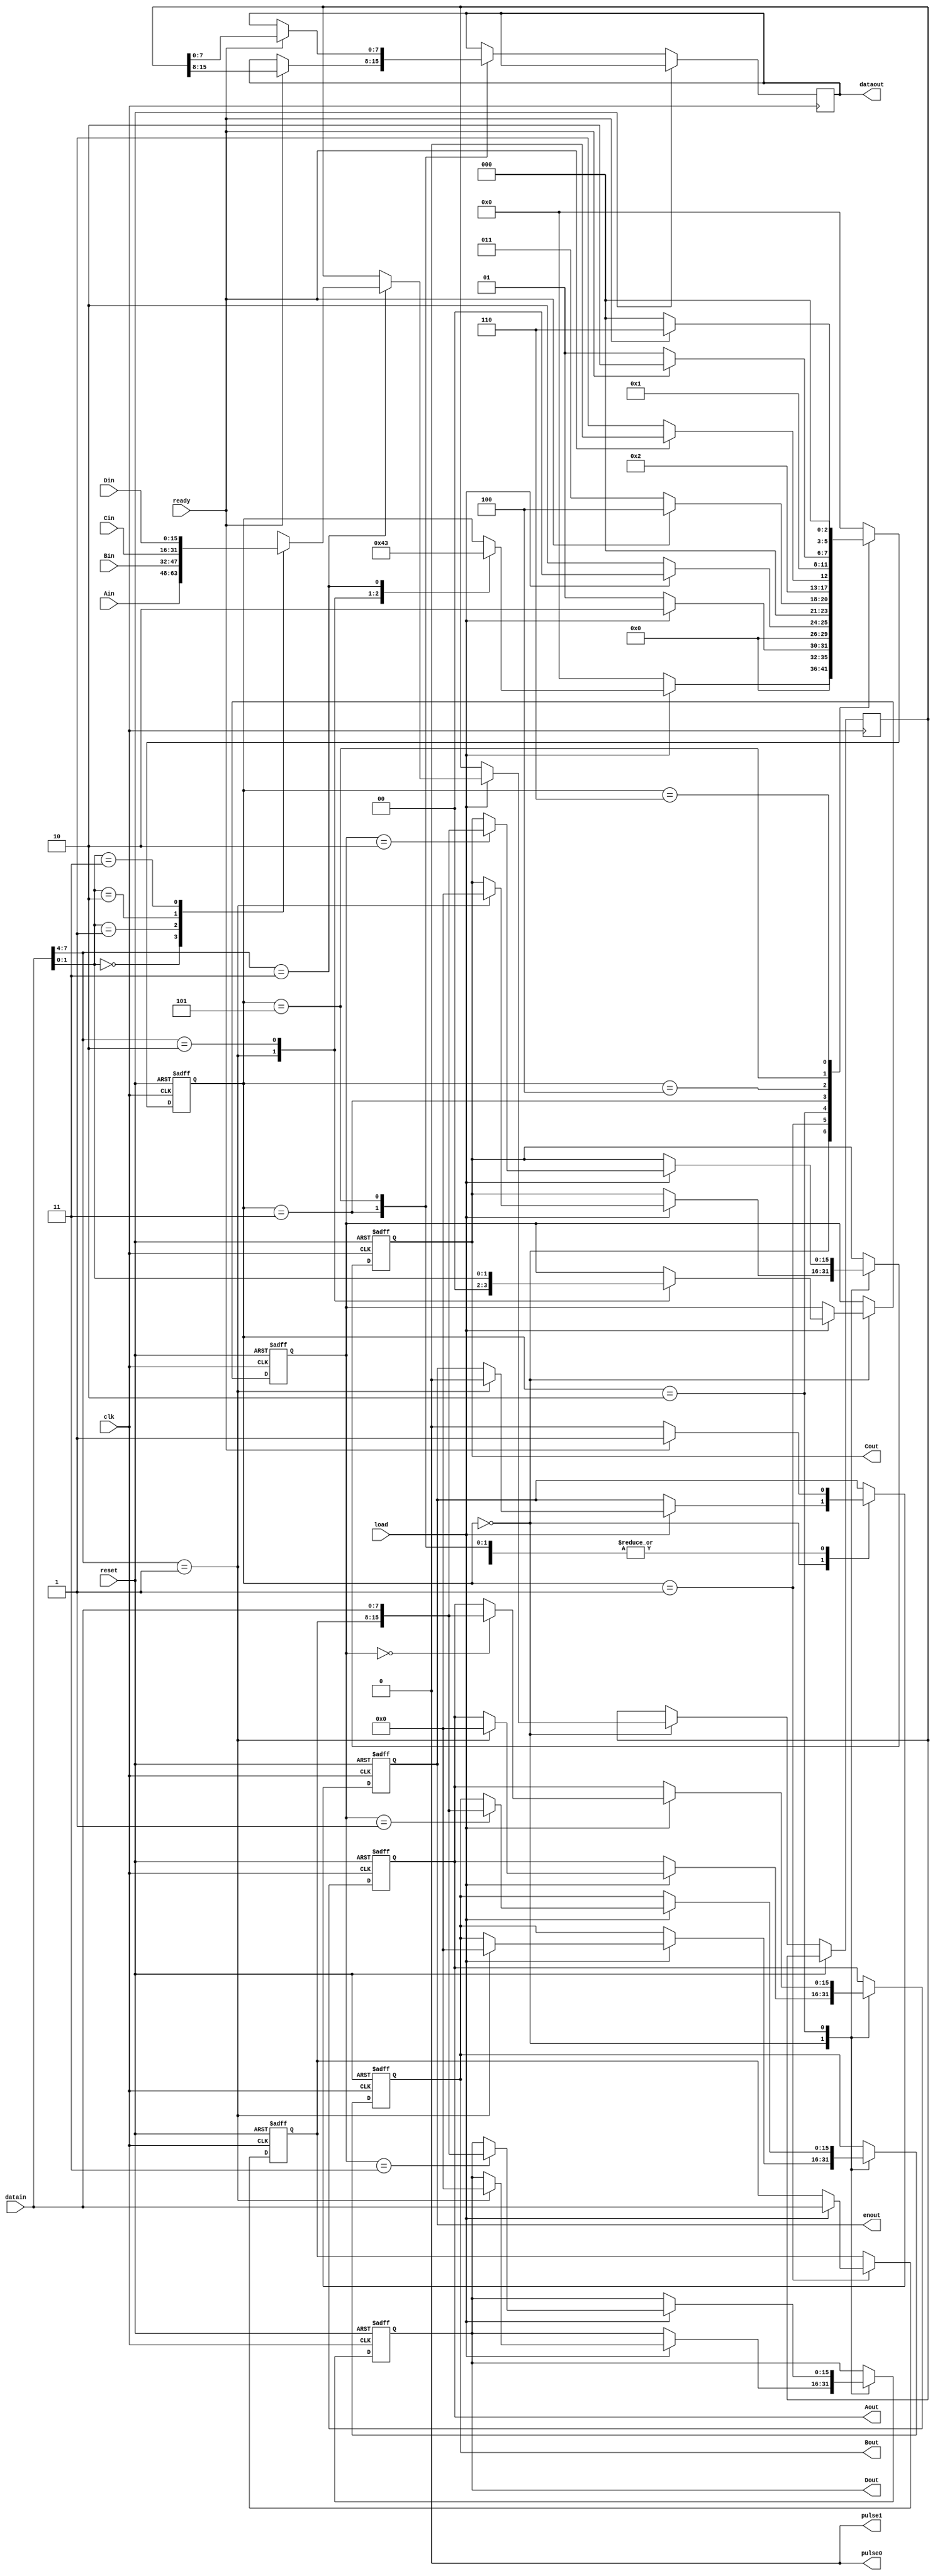
/*
  Universal command interpreter
  
  VERSAO QUE FUNCIONA
 
 jca@fe.up.pt, Nov 2006 - PSDI 2006/2007
 */
`timescale 1ns/100ps

module unisepa( clk,    // master clock 
                reset,  // master reset, assynchronous, active high
                load,   // load enable for din bus
                ready,  // ready to consume dout data
                enout,  // enable loading of dout data
                datain, // data in bus (8 bits)
                dataout,// data out bus (8 bits)
                Ain,    // A input port (16 bits)
                Bin,    // B input port (16 bits)
                Cin,    // C input port (16 bits)
                Din,    // D input port (16 bits)
                Aout,   // A output port (16 bits)
                Bout,   // B output port (16 bits)
                Cout,   // C output port (16 bits)
                Dout,   // D output port (16 bits)
					 pulse0,
					 pulse1
              );

input        clk, reset, load, ready;
output       enout;
input  [7:0] datain;
output [7:0] dataout;

input  [15:0] Ain, Bin, Cin, Din;
output [15:0] Aout, Bout, Cout, Dout;

output pulse0, pulse1;

assign pulse0 = 1'b0, pulse1 = 1'b0;


// Registers:
reg    [5:0]  state;
reg    [15:0] Aout, Bout, Cout, Dout;
reg    [7:0]  dataout;
reg    [7:0]  byteH, byteL;

reg           enout;
reg    [1:0]  address;
reg    [15:0] datatoout;

reg    [7:0]  wdata;
reg    [8:0]  addr;
reg           start;


// State encoding:
parameter IDLE       = 6'd0,
          WRITECMD   = 6'd1,
          WRITECMD2  = 6'd2,
          READCMD    = 6'd3,
          READCMD2   = 6'd4,
          READCMD3   = 6'd5,
          READCMD4   = 6'd6;


          
// Commands:
parameter RESET      = 4'b0001,
          WRITE      = 4'b0010,
          READ       = 4'b0011,
			 RWBYTE     = 4'b1111, // read/write one byte
		    REPROG     = 4'b0101, // cycle PROG line high - low - high
          SENDBITS   = 4'b1010, // receive a buffer wth bytes and send bits to Fdin...
			 WRITEREAD  = 4'b1100; // implementa a funo writeread: recebe 2 bytes e envia pela PP e envia 2 bytes recolhidods da PP

always @(posedge clk or posedge reset)
begin
  if ( reset )
  begin
    Aout <= 0;
    Bout <= 0;
    Cout <= 0;
    Dout <= 0;
    enout <= 0;
	byteH <= 0;
	byteL <= 0;
	state <= 0;
   address <= 0;
  end
  else
  begin

    case ( state )
      IDLE :        begin
                      start <= 1'b0;
                      if ( load )
                      begin
                        case ( datain[7:4] ) // which command?
                          RESET : begin
                                    Aout <= 0;
                                    Bout <= 0;
                                    Cout <= 0;
                                    Dout <= 0;
                                    enout <= 0;
												address <= 0;
                                    state <= IDLE;
                                  end
                          WRITE : begin
                                    address <= datain[1:0]; // address of port
                                    state <= WRITECMD;
                                  end
                          READ  : begin
                                    case ( datain[1:0] )
                                      0: datatoout <= Ain;
                                      1: datatoout <= Bin;
                                      2: datatoout <= Cin;
                                      3: datatoout <= Din;
                                    endcase
                                    state <= READCMD;
                                  end
                        endcase
                      end
                      else
                      begin
                        state <= IDLE;
                      end
                    end
                    
      WRITECMD:     begin
                     if ( load )           // MSbyte arrived
                     begin
                       byteH <= datain;       // load byte high
                       state <= WRITECMD2;
                     end
                     else
                     begin
                       state <= WRITECMD;  // keep waiting for MS byte
                     end
                    end
                    
      WRITECMD2   : begin
                     if ( load )           // LSbyte arrived
                     begin
                       case ( address )
                         0 : Aout <= {byteH, datain};
                         1 : Bout <= {byteH, datain};
                         2 : Cout <= {byteH, datain};
                         3 : Dout <= {byteH, datain};
                       endcase
                       state <= IDLE;
                     end
                     else
                     begin
                       state <= WRITECMD2;  // keep waiting for LS byte
                     end
                    end
                    
      READCMD     : begin
                      if ( ready )
                      begin
                        dataout <= datatoout[15:8]; // output MSbyte
                        enout <= 1;
                        state <= READCMD2;
                      end
                      else
                      begin
                        enout <= 0;
                        state <= READCMD;  // wait for ready
                      end
                    end
                    
      READCMD2    : begin              // wait for ready low
                      if ( ready )
                      begin
                        enout <= 1;    // keep enout active until ready is deasserted
                        state <= READCMD2;
                      end
                      else
                      begin
                        enout <= 0;
                        state <= READCMD3;
                      end
                    end
                      
      READCMD3    : begin
                      if ( ready )
                      begin
                        dataout <= datatoout[7:0]; // output LSbyte
                        enout <= 1;
                        state <= READCMD4;
                      end
                      else
                      begin
                        enout <= 0;
                        state <= READCMD3;  // wait for ready
                      end
                    end
                    
      READCMD4    : begin              // wait for ready low
                      if ( ready )
                      begin
                        enout <= 1;    // keep enout active until ready is deasserted
                        state <= READCMD4;
                      end
                      else
                      begin
                        enout <= 0;
                        state <= IDLE;
                      end
                    end
						  

      default     : begin
                      state <= IDLE;
                    end
    endcase
  end
end


endmodule